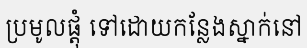
ប្រមូលផ្តុំ ទៅដោយកន្លែងស្នាក់នៅ